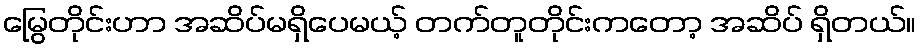
မြွေတိုင်းဟာ အဆိပ်မရှိပေမယ့် တက်တူတိုင်းကတော့ အဆိပ် ရှိတယ်။